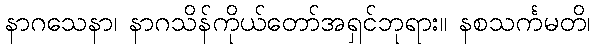
နာဂသေနာ၊ နာဂသိန်ကိုယ်တော်အရှင်ဘုရား။ နစသင်္ကမတိ၊